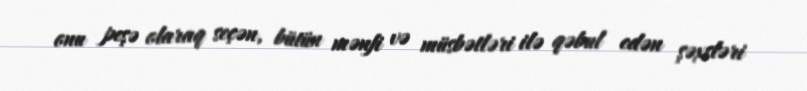
onu peşə olaraq seçən, bütün mənfi və müsbətləri ilə qəbul edən şəxsləri